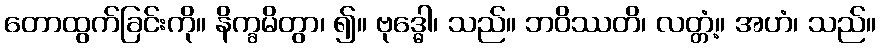
တောထွက်ခြင်းကို။ နိက္ခမိတွာ၊ ၍။ ဗုဒ္ဓေါ၊ သည်။ ဘဝိဿတိ၊ လတ္တံ့။ အဟံ၊ သည်။